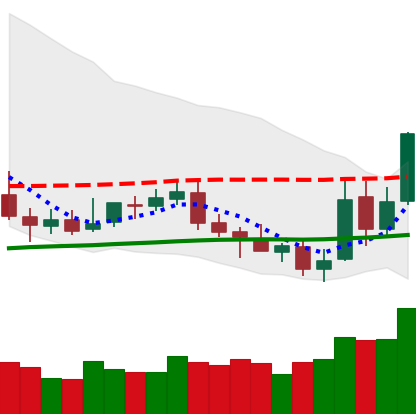
Ticker: NEO-USD
Chart end date: 2019-05-14
Forward return: 6.983%
Label: up_5_7